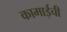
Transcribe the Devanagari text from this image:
कामाईची